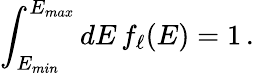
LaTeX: \int_{E_{min}}^{E_{max}}dE\, f_{\ell}(E)=1\, .